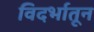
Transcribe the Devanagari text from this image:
विदर्भातून